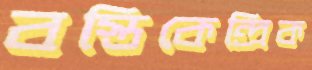
বস্তিকেন্দ্রিক